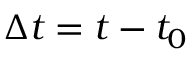
\Delta t = t - t _ { 0 }